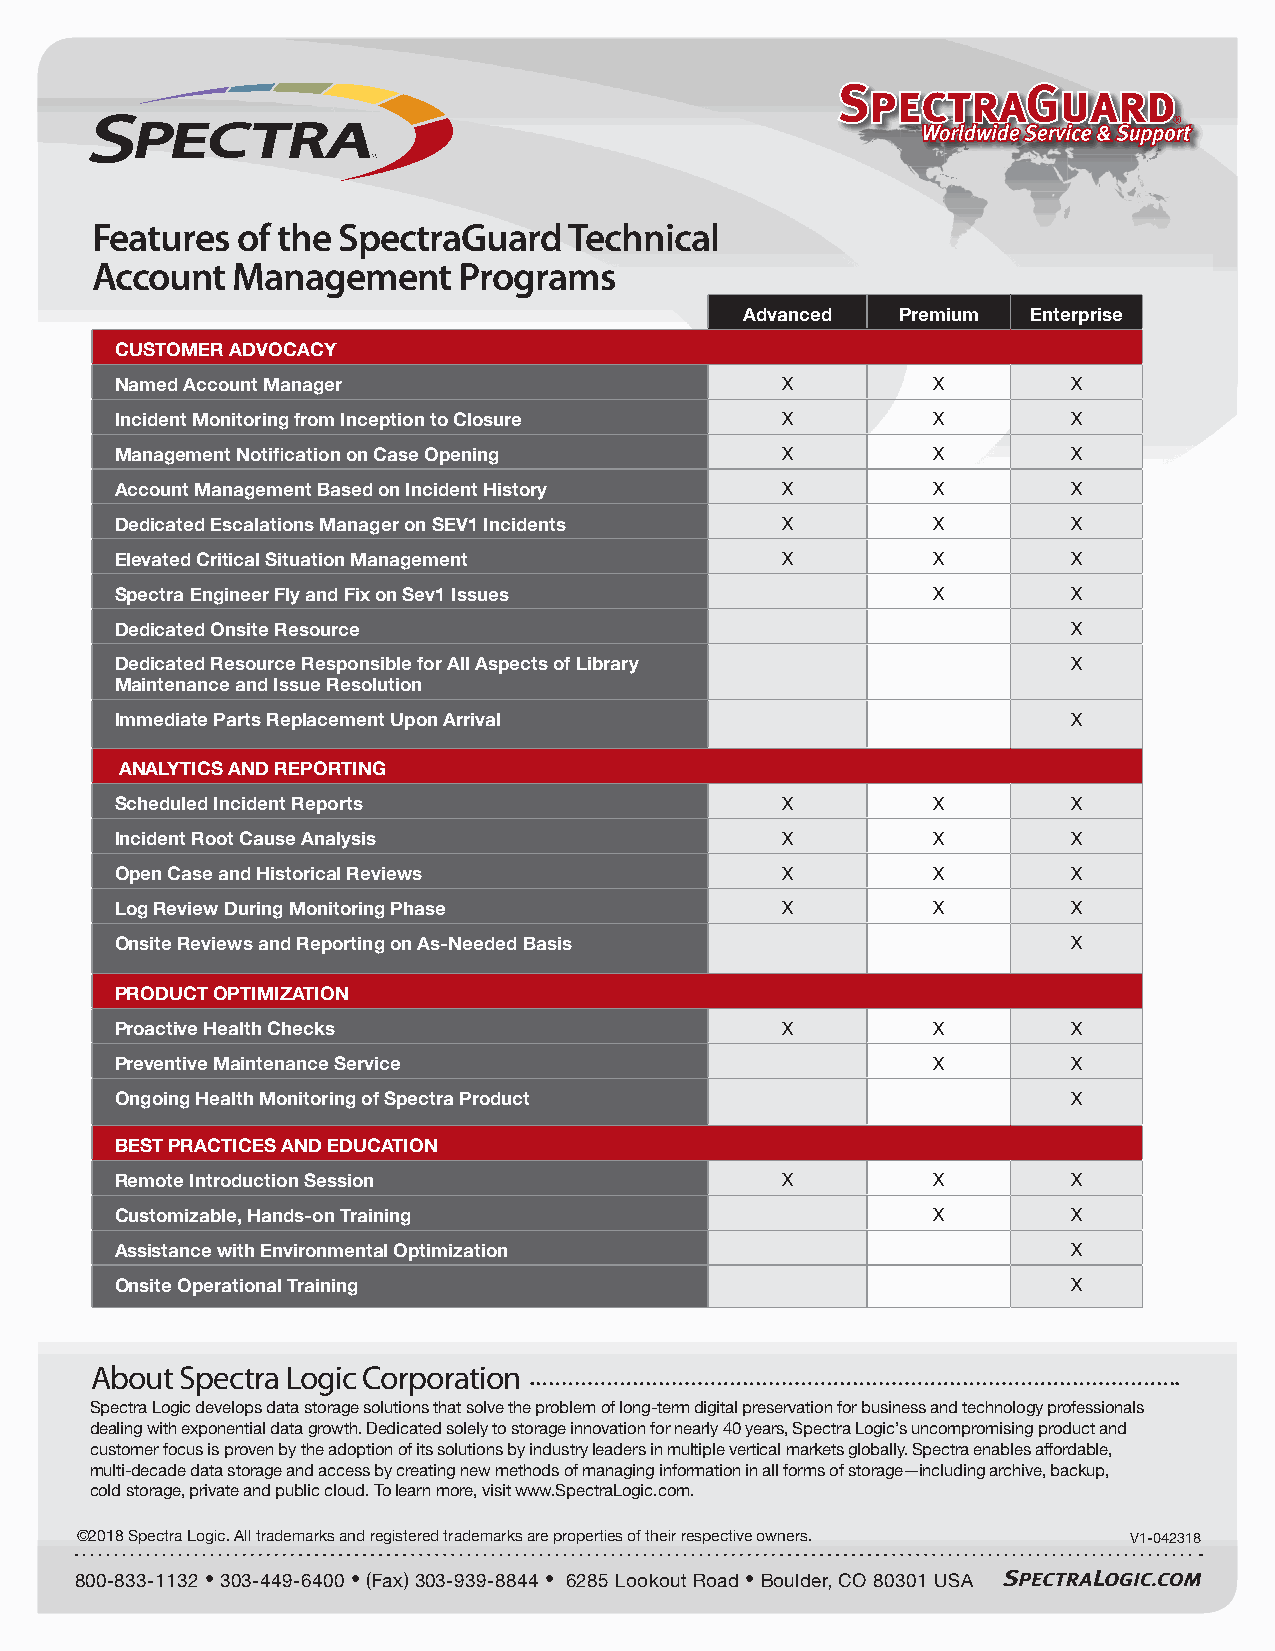
Features  of the SpectraGuard   Technical
 Account  Management     Programs
 Advanced  Premium  Enterprise
 CUSTOMER ADVOCACY
 Named Account Manager                       X         X        X
 Incident Monitoring from Inception to Closure X       X        X
 Management Notification on Case Opening     X         X        X
 Account Management Based on Incident History X        X        X
 Dedicated Escalations Manager on SEV1 Incidents X     X        X
 Elevated Critical Situation Management      X         X        X
 Spectra Engineer Fly and Fix on Sev1 Issues           X        X
 Dedicated Onsite Resource                                      X
 Dedicated Resource Responsible for All Aspects of Library      X
 Maintenance and Issue Resolution
 Immediate Parts Replacement Upon Arrival                       X
 ANALYTICS AND REPORTING
 Scheduled Incident Reports                  X         X        X
 Incident Root Cause Analysis                X         X        X
 Open Case and Historical Reviews            X         X        X
 Log Review During Monitoring Phase          X         X        X
 Onsite Reviews and Reporting on As-Needed Basis                X
 PRODUCT OPTIMIZATION
 Proactive Health Checks                     X         X        X
 Preventive Maintenance Service                        X        X
 Ongoing Health Monitoring of Spectra Product                   X
 BEST PRACTICES AND EDUCATION
 Remote Introduction Session                 X         X        X
 Customizable, Hands-on Training                       X        X
 Assistance with Environmental Optimization                     X
 Onsite Operational Training                                    X
 About Spectra Logic Corporation
 Spectra Logic develops data storage solutions that solve the problem of long-term digital preservation for business and technology professionals
 dealing with exponential data growth. Dedicated solely to storage innovation for nearly 40 years, Spectra Logic’s uncompromising product and
 customer focus is proven by the adoption of its solutions by industry leaders in multiple vertical markets globally. Spectra enables affordable,
 multi-decade data storage and access by creating new methods of managing information in all forms of storage—including archive, backup,
 cold storage, private and public cloud. To learn more, visit www.SpectraLogic.com.
 ©2018 Spectra Logic. All trademarks and registered trademarks are properties of their respective owners. V1-042318
 800-833-1132 • 303-449-6400 • (Fax) 303-939-8844 • 6285 Lookout Road • Boulder, CO 80301 USA